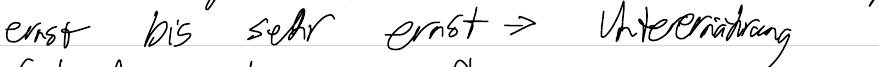
ernst bis sehr ernst -> Unterernährung